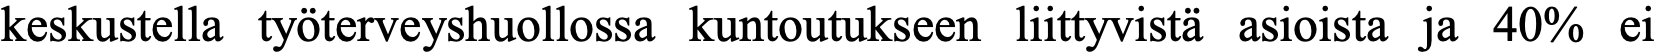
keskustella työterveyshuollossa kuntoutukseen liittyvistä asioista ja 40% ei